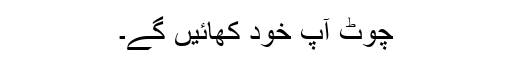
چوٹ آپ خود کھائیں گے۔